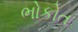
ભોકોત